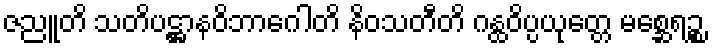
ဇညူတိ သတိပဋ္ဌာနဝိဘာဂေါတိ နိဝသတီတိ ဂန္ထဝိပ္ပယုတ္တေ မစ္ဆေရဉ္စ